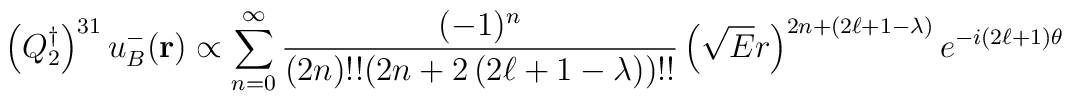
\left( Q_{2}^\dagger \right)^{31} u_B^- ({\bf r}) \propto \sum_{n=0}^\infty{ (-1)^n \over (2 n)!! (2n + 2 \left( 2 \ell +1 - \lambda \right))!!} \left( \sqrt{E} r\right)^{2n + \left( 2 \ell +1 - \lambda \right)} e^{-i \left( 2 \ell +1 \right) \theta}